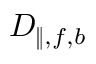
D _ { \| , f , b }